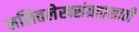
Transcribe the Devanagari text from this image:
ललितलेखसंग्रहासाठी